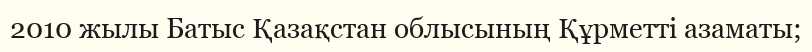
2010 жылы Батыс Қазақстан облысының Құрметті азаматы;